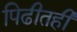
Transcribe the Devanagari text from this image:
पिढीतही